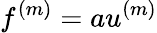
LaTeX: f^{(m)}=au^{(m)}